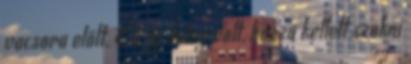
vacsora előtt. Ez új dolog volt, hozzá kellett szokni